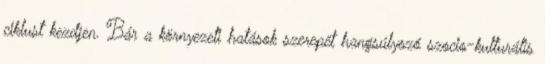
ciklust kezdjen. Bár a környezeti hatások szerepét hangsúlyozó szocio-kulturális